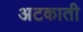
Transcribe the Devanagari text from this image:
अटकाती